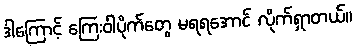
ဒါကြောင့် ကြေးဝါပိုက်တွေ မရရအောင် လိုက်ရှာတယ်။